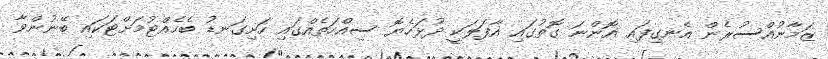
ޒަމާނުއްސުރެން އެނގިފައި އޮންނަ ގޮތުގައި އާފަލަކީ ދުޅަހެޔޮ ސިއްހަތެއްގައި ހަށިގަނޑު ބެހެއްޓުމަށްޓަކައި ބޭނުންވާ